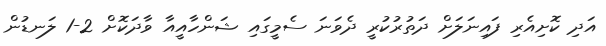
އަދި ކޮށިއެރި ފައިނަލަށް ދަތުރުކުރީ ދެވަނަ ސެމީގައި ޝަންހާއީއާ ވާދަކޮށް 2-1 ލަނޑުން